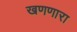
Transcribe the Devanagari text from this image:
खणणारा